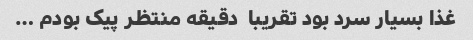
غذا بسیار سرد بود تقریبا  دقیقه منتظر پیک بودم …